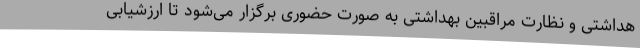
هداشتی و نظارت مراقبین بهداشتی به صورت حضوری برگزار می‌شود تا ارزشیابی